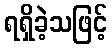
ရရှိခဲ့သဖြင့်